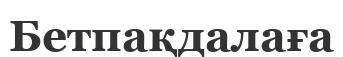
Бетпақдалаға